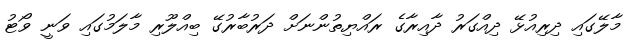
މާލޭގައި ދިރިއުޅޭ ދިއްގަރު ދާއިރާގެ ރައްޔިތުންނަށް ދަރުބާރުގޭ ބިއްލޫރި މާލަމުގައި ވަނީ ވޯޓު